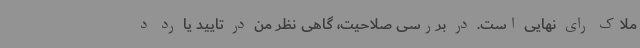
ملاک رای نهایی است. در بررسی صلاحیت، گاهی نظر من در تایید یا رد د